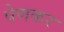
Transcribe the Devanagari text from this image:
पेणकर